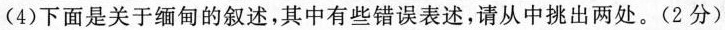
(4)下面是关于缅甸的叙述，其中有些错误表述，请从中挑出两处。(2分)